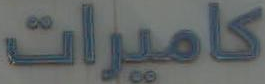
كاميرات